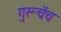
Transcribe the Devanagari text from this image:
गुरूचेंच